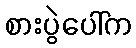
စားပွဲပေါ်က